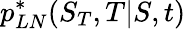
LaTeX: p_{LN}^{*}(S_{T},T|S,t)